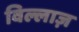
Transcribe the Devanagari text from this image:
विल्लाज़